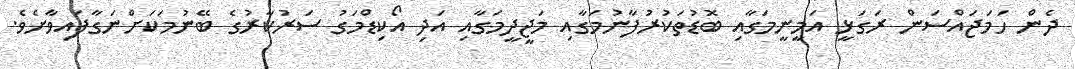
ދެން ހަމަޖައްސަން ރަގަޅީ އަމީނީމަގާއި ބޮޑުތަކުރުފާނުމަގާއި މަޖީދީމަގާއި އަދި އޯކިޑްމަގު ސަރުކާރުގެ ބޭނުމަކަށްނަގާފައިވާށެވެ.